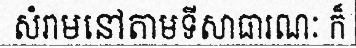
សំរាមនៅតាមទីសាធារណៈ ក៏